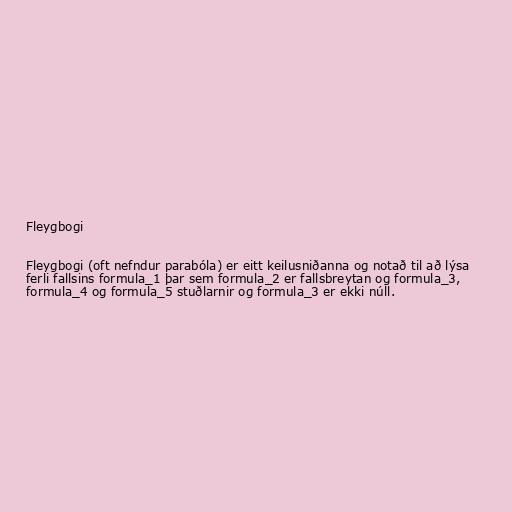
Fleygbogi

Fleygbogi (oft nefndur parabóla) er eitt keilusniðanna og notað til að lýsa
ferli fallsins formula_1 þar sem formula_2 er fallsbreytan og formula_3,
formula_4 og formula_5 stuðlarnir og formula_3 er ekki núll.